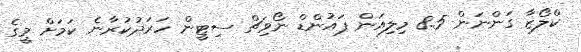
ކްލޯޒާ ގަންނަން 8.5 މިލިއަން ޕައުންޑް ނޯވިޗް ސިޓީން ހަރަދުކުރާނެ ކަމަށް މީގެ